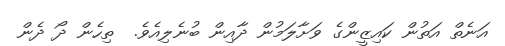
އަނެތް އަތުން ކައިޒީންގެ ވަށާލަމުން ދާއިން ބުނެލިއެވެ.  ތިހެން ދޯ ދެން